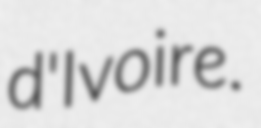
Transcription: d'Ivoire.